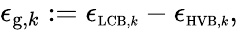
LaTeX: \begin{array}{r}{\epsilon_{\textrm{g},k}:=\epsilon_{\scriptsize\textrm{LCB},k}-\epsilon_{\scriptsize\textrm{HVB},k},}\end{array}